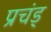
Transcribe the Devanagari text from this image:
प्रचंड्